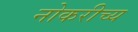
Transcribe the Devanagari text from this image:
नोकरीच्य